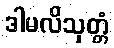
ဒါမလိသုတ္တံ